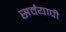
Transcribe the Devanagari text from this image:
सर्वयापी